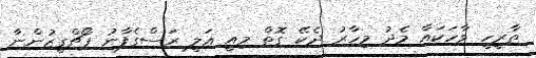
ތާރީހީ ވާހަކައާ މެދު މިހާރު ދެކޭ ގޮތް މިއީ ޢަލީ ރަސްގެފާނު ޕޯޗްގީޒުންނާ